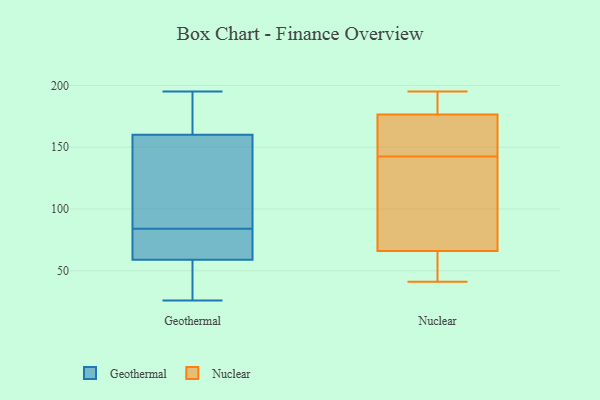
{"axis": {"x": "Latency (ms)", "y": "Value"}, "legend": ["Geothermal", "Nuclear"], "data": [{"x": "", "y": 116, "type": "Geothermal"}, {"x": "", "y": 195, "type": "Geothermal"}, {"x": "", "y": 63, "type": "Geothermal"}, {"x": "", "y": 62, "type": "Geothermal"}, {"x": "", "y": 54, "type": "Geothermal"}, {"x": "", "y": 160, "type": "Geothermal"}, {"x": "", "y": 105, "type": "Geothermal"}, {"x": "", "y": 194, "type": "Geothermal"}, {"x": "", "y": 59, "type": "Geothermal"}, {"x": "", "y": 26, "type": "Geothermal"}, {"x": "", "y": 188, "type": "Nuclear"}, {"x": "", "y": 161, "type": "Nuclear"}, {"x": "", "y": 140, "type": "Nuclear"}, {"x": "", "y": 165, "type": "Nuclear"}, {"x": "", "y": 100, "type": "Nuclear"}, {"x": "", "y": 145, "type": "Nuclear"}, {"x": "", "y": 57, "type": "Nuclear"}, {"x": "", "y": 41, "type": "Nuclear"}, {"x": "", "y": 46, "type": "Nuclear"}, {"x": "", "y": 195, "type": "Nuclear"}, {"x": "", "y": 75, "type": "Nuclear"}, {"x": "", "y": 194, "type": "Nuclear"}]}